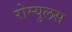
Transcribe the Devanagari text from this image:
रोम्युलस